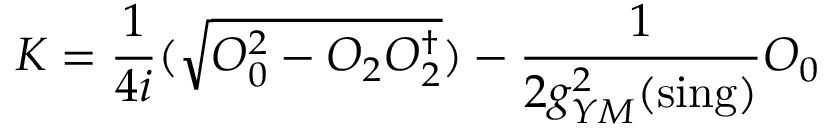
K = \frac { 1 } { 4 i } ( \sqrt { { \cal O } _ { 0 } ^ { 2 } - { \cal O } _ { 2 } { \cal O } _ { 2 } ^ { \dagger } } ) - \frac { 1 } { 2 g _ { Y M } ^ { 2 } ( \mathrm { s i n g } ) } { \cal O } _ { 0 }